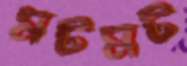
মটমট